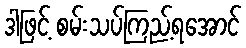
ဒါဖြင့် စမ်းသပ်ကြည့်ရအောင်